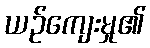
ယဉ်ကျေးမှု၏